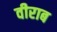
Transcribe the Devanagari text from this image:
वीराब